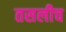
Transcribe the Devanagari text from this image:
तसलीच